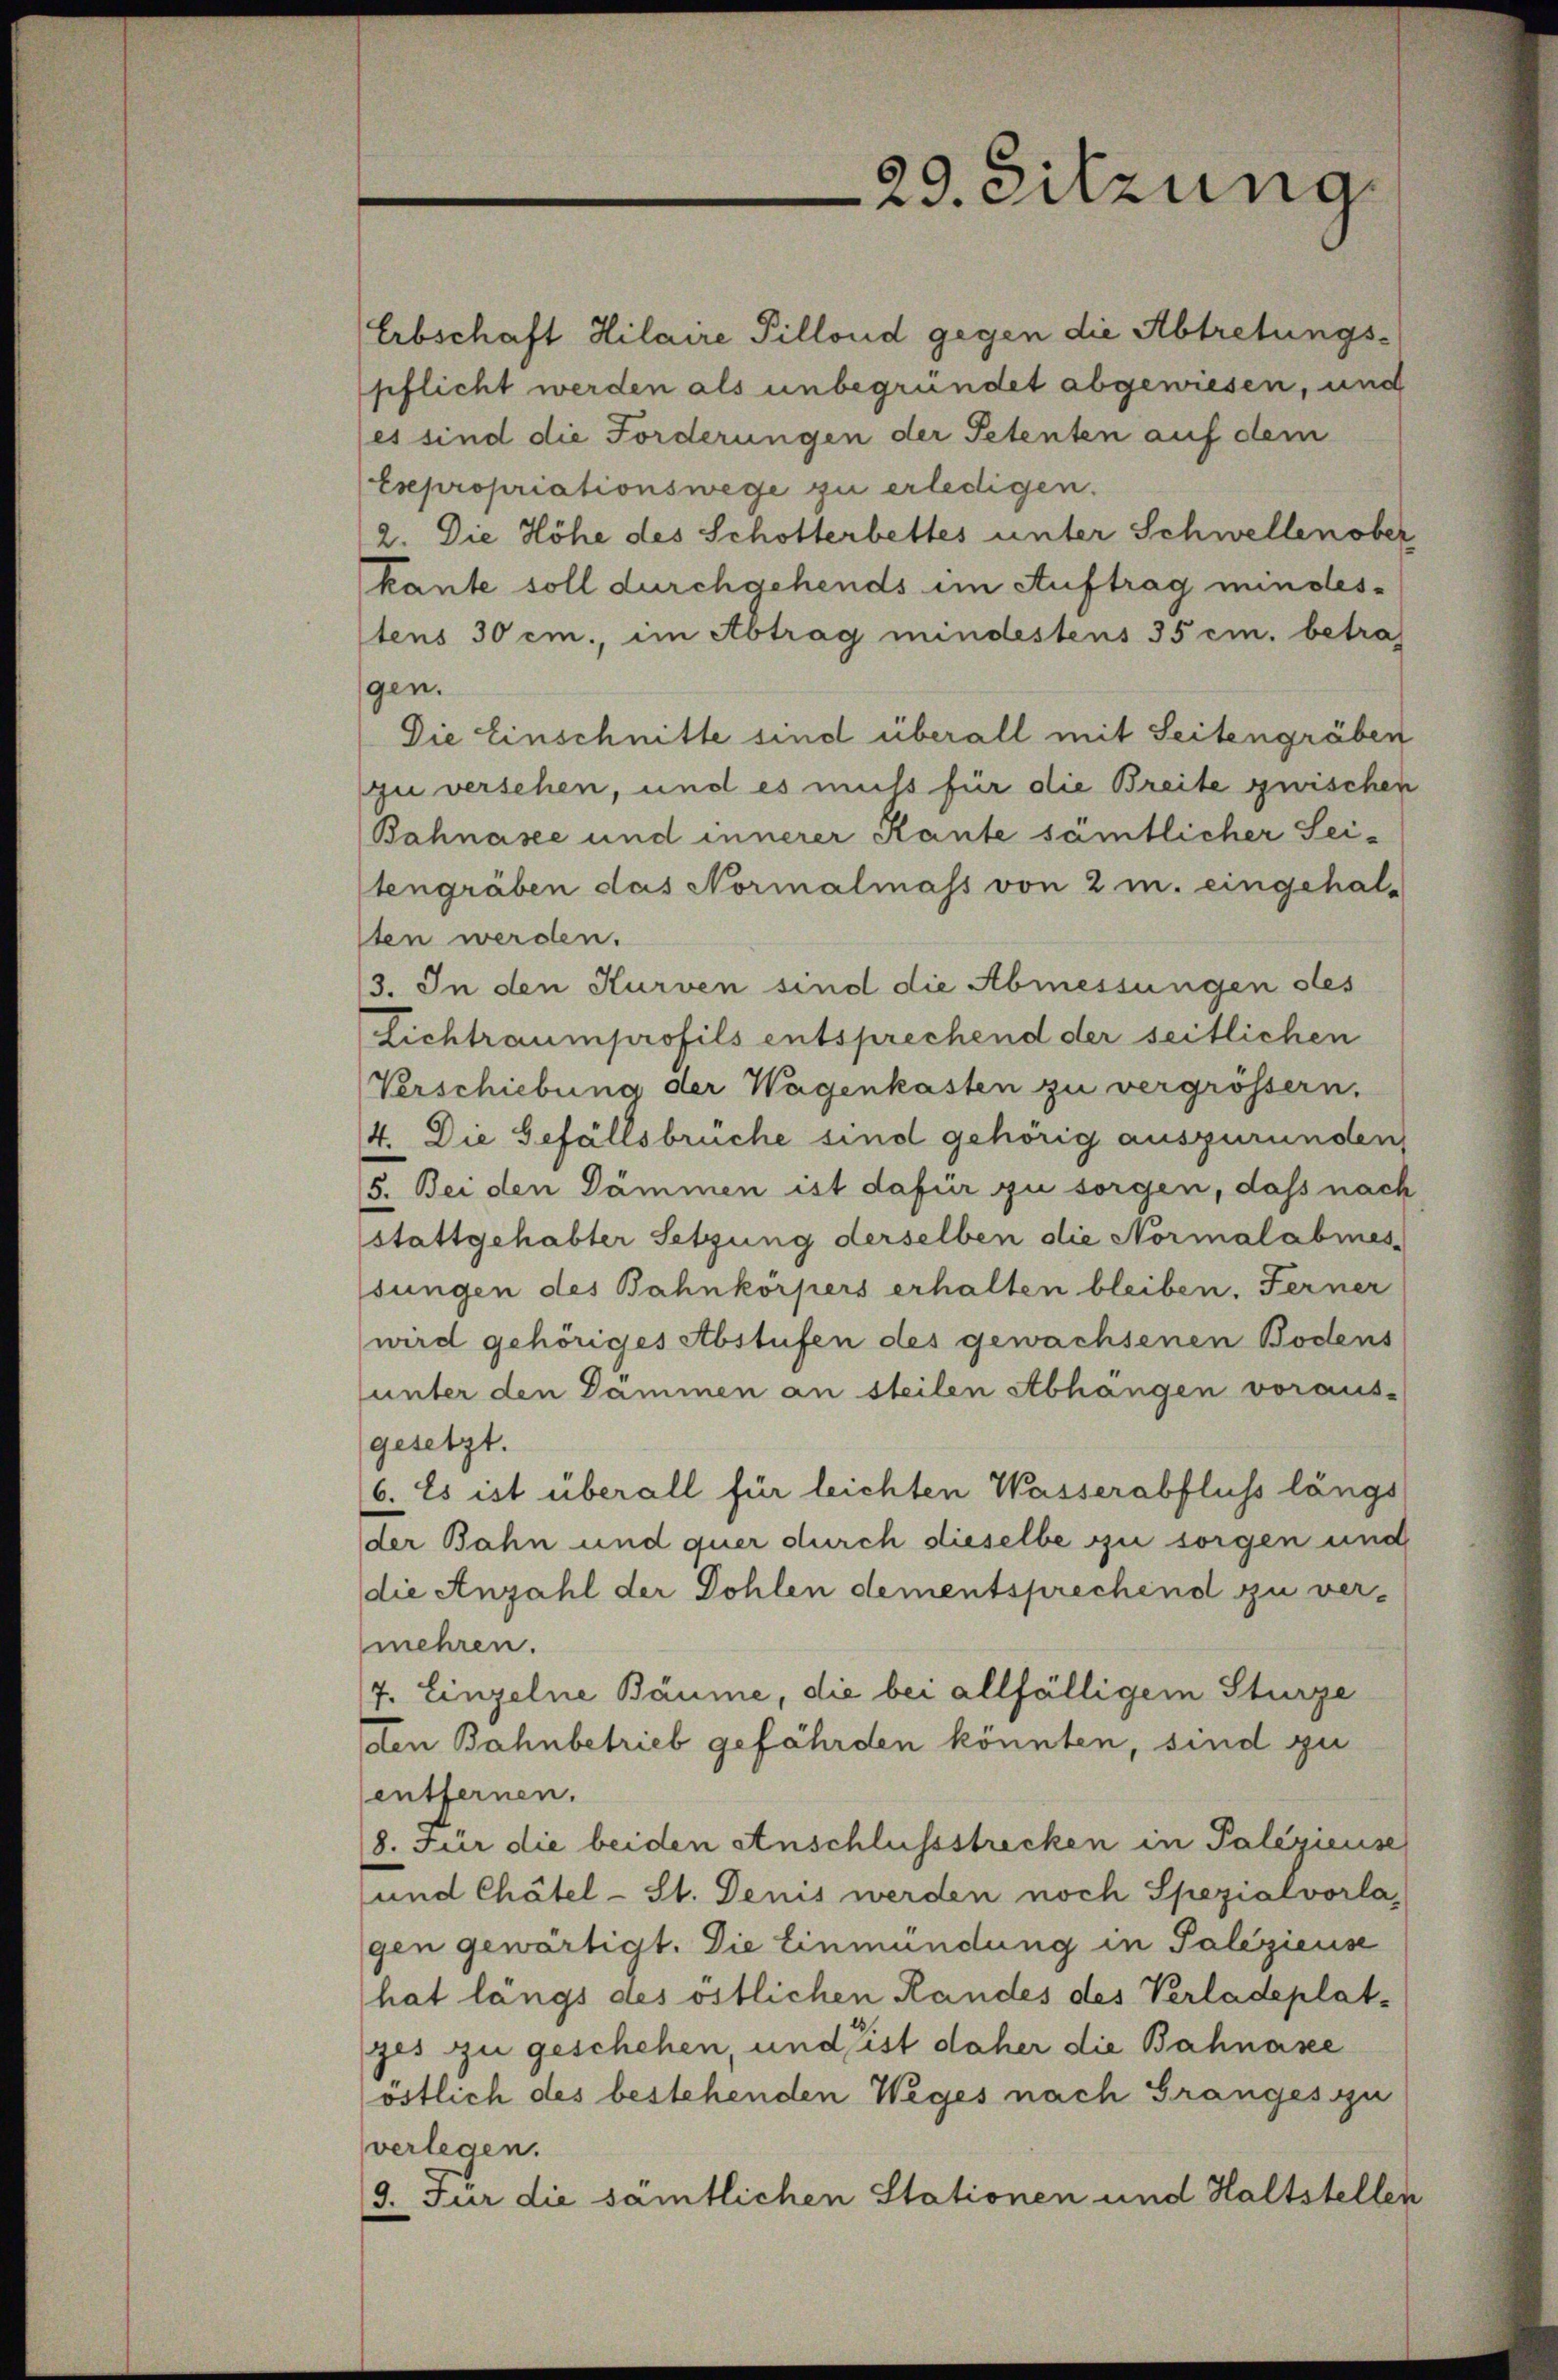
29. Sitzung

Erbschaft Hilaire Pillond gegen die Abtretungspflicht werden als unbegründet abgewiesen, und
(es sind die Forderungen der Petenten auf dem
Expropriationswege zu erledigen.
2. Die Höhe des Schotterbettes unter Schwellen ober
kante soll durchgehends im Auftrag mindestens 30 cm., im Abtrag mindestens 35 cm. betraf
gen.
Die Einschnitte sind überall mit Seitengräben
zu verschen, und es muss für die Breite zwischen
Bahnasee und innerer Kante sämtlicher Sei-
tengräben das Normalmass von 2 m. eingehal-
sten werden.
3. In den Kurven sind die Abmessungen stes
(Lichtraumprofils entsprechend der seitlichen
Verschiebung der Wagenkasten zu vergrössern.
4. Die Gefällsbrüche sind gehörig auszuründen,
5. Bei den Dämmen ist dafür zu sorgen, dass nach
stattgehabter Setzung derselben die Normalabmes-
sungen des Bahnkörpers erhalten bleiben. Ferner
wird gehöriges Abstufen des gewachsenen Bodens
unter den Dämmen an steilen Abhangen voraus-
gesetzt.
6. Es ist überall für leichten Wasserabfluss längs
der Bahn und quer durch dieselbe zu sorgen und
die Anzahl der Dohlen dementsprechend zu vermehren.
7. Einzelne Bäume, die bei allfälligem Sturze
dten Bahnbetrieb gefährden könnten, sind zu
entfernen.
8. Für die beiden Anschlussstrecken in Palegieuse
und Chätel-St. Denis werden noch Spezialvorla,
gen gewärtigt. Die Einmündung in Paleziens
hat längs des östlichen Randes des Verladeplatges zu geschehen, und ist daher die Bahnase
östlich des bestehenden Weges nach Granges zu
verlegen.
3. Für die sämtlichen Stationen und Haltstellen